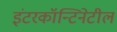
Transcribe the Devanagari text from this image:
इंटरकॉन्टिनेटील